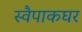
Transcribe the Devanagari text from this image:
स्वैपाकघर